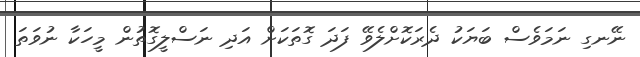
ނޭނގި ނަމަވެސް ބަޔަކު ދެރަކޮށްލެވޭ ފަދަ ގޮތަކަށް އަދި ނަސްލީގޮތުން މީހަކާ ނުވަތަ